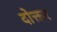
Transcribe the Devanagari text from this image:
दोक्तर